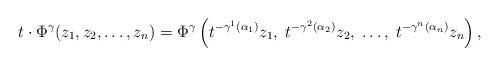
LaTeX: \begin{align*}t \cdot \Phi^\gamma(z_1, z_2, \ldots, z_n) = \Phi^\gamma\left(t^{-\gamma^1(\alpha_1)}z_1, \;t^{-\gamma^2(\alpha_2)}z_2, \;\ldots, \;t^{-\gamma^n(\alpha_n)}z_n\right), \end{align*}